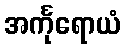
အင်္ကုရောယံ